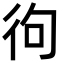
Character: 㣘